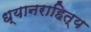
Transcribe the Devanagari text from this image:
ध्यानराहित्य